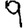
Digit: 9